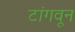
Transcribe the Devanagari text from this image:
टांगवून